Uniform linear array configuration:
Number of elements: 24
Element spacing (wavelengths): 0.75
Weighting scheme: hann
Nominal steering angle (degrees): -15
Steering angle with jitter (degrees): -16.725
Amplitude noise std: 0.05
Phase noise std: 0.05

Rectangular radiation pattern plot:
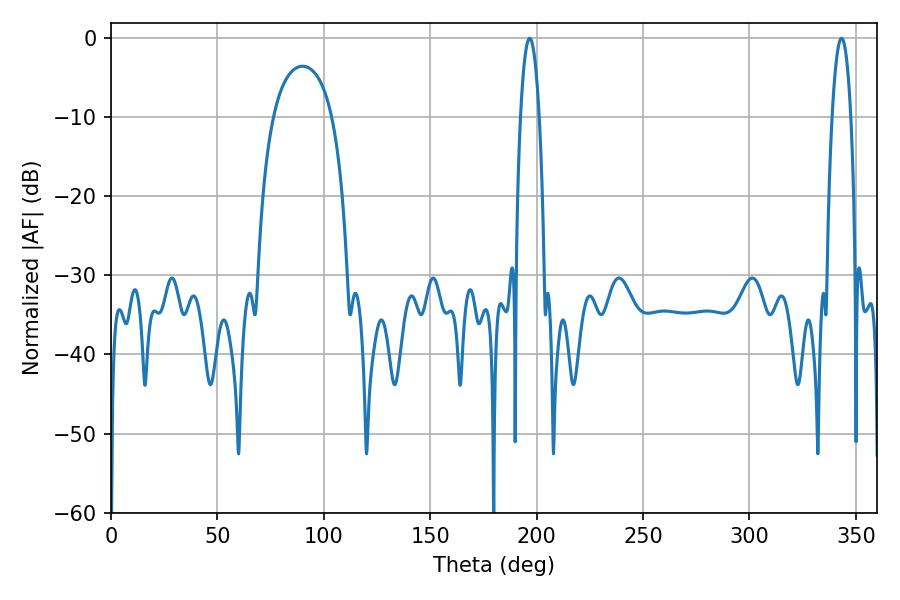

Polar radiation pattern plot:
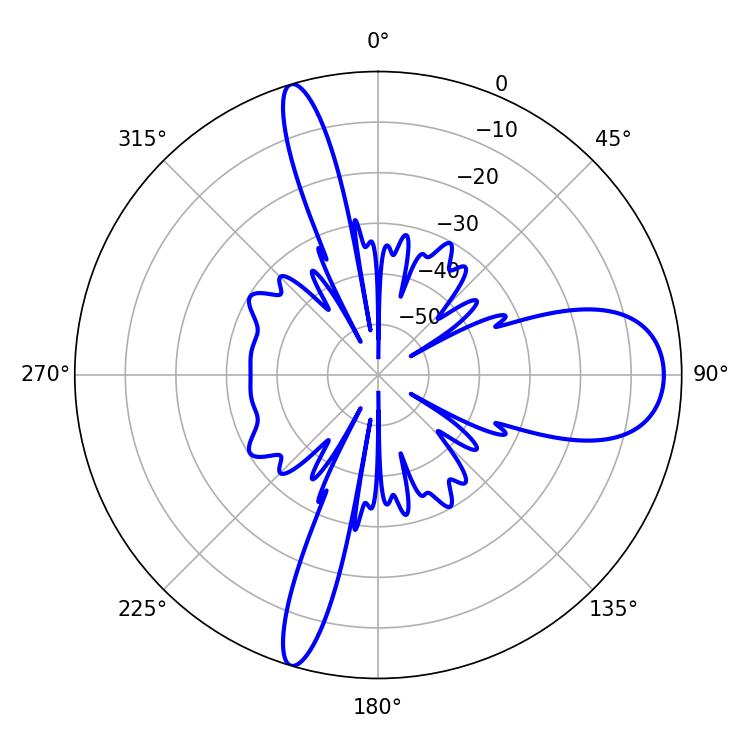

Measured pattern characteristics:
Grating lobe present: TRUE
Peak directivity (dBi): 12.928
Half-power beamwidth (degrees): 4.86
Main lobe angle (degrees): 196.74